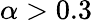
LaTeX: {\alpha}>0.3